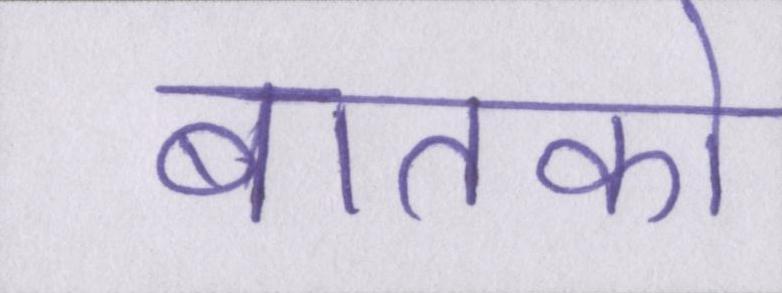
बातको